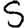
Digit: 5